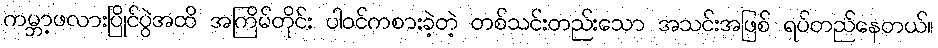
ကမ္ဘာ့ဖလားပြိုင်ပွဲအထိ အကြိမ်တိုင်း ပါဝင်ကစားခဲ့တဲ့ တစ်သင်းတည်းသော အသင်းအဖြစ် ရပ်တည်နေတယ်။